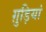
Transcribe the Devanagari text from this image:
ग़ुड़ियां